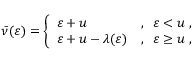
\bar { \nu } ( \varepsilon ) = \left\lbrace \begin{array} { l l } { \varepsilon + u } & { , \; \; \varepsilon < u \, \, , } \\ { \varepsilon + u - \lambda ( \varepsilon ) } & { , \; \; \varepsilon \geq u \, \, , } \end{array} \right.